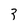
Character: 3